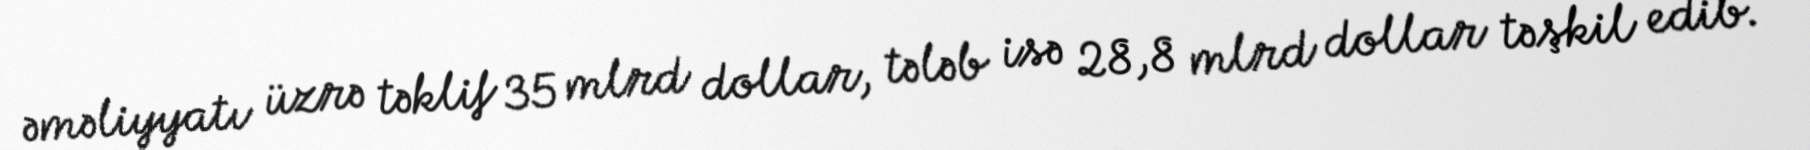
əməliyyatı üzrə təklif 35 mlrd dollar, tələb isə 28,8 mlrd dollar təşkil edib.